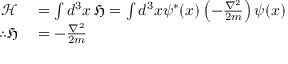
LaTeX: \begin{array} { r l } { { \mathcal { H } } } & { { } = \int d ^ { 3 } x \, { \mathfrak { H } } = \int d ^ { 3 } x \psi ^ { * } ( x ) \left( - { \frac { \nabla ^ { 2 } } { 2 m } } \right) \psi ( x ) } \\ { \therefore { \mathfrak { H } } } & { { } = - { \frac { \nabla ^ { 2 } } { 2 m } } } \end{array}